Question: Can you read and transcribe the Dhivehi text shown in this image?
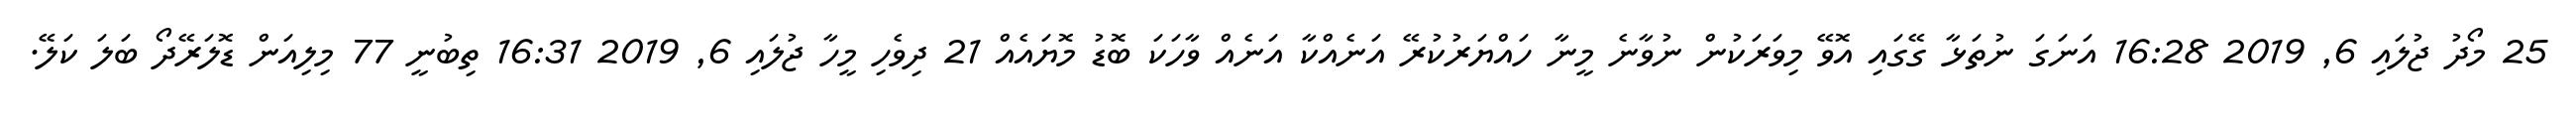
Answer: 25 މޯދު ޖުލައި 6, 2019 16:28 އަނަގަ ނުތަޅާ ގޭގައި އޮވޭ މިވަރަކުން ނުވާނެ މީނާ ހައްޔަރުކުރޭ އަނެއްކާ އަނެއް ވާހަކަ ބޮޑު މޮޔައެއް 21 ދިވެހި މީހާ ޖުލައި 6, 2019 16:31 ތިބުނީ 77 މިލިއަން ޑޮލަރޭދޯ ބަލަ ކަލޭ.